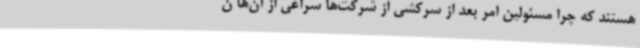
هستند که چرا مسئولین امر بعد از سرکشی از شرکت‌ها سراغی از آن‌ها ن